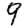
Digit: 9